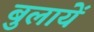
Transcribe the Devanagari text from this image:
बुलायें